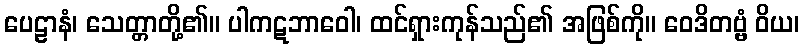
ပေဠာနံ၊ သေတ္တာတို့၏။ ပါကဋဘာဝေါ၊ ထင်ရှားကုန်သည်၏ အဖြစ်ကို။ ဝေဒိတဗ္ဗံ ဝိယ၊